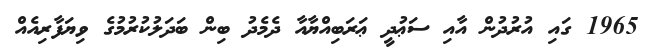
1965 ގައި އުރުދުން އާއި ސަޢުދީ ޢަރަބިއްޔާއާ ދެމެދު ބިން ބަދަލުކުރުމުގެ ވިޔަފާރިއެއް